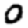
Digit: 0